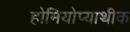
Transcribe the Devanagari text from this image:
होमियोप्याथीक